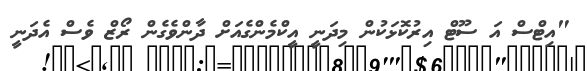
"އިޓްސް އަ ސޫޓް އިރުކޮޅަކުން މިދަނީ އީކްމެންގެއަށް ދާންވެގެން ރޯޒް ވެސް އެދަނީ